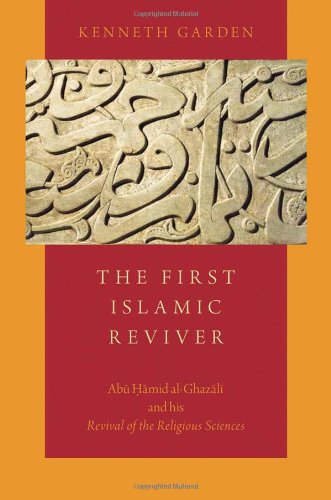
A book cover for The First Islamic Reviver: Abu Hamid al-Ghazali and his Revival of the Religious Sciences; Kenneth Garden; Religion & Spirituality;